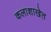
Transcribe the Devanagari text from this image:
कलाशाखेत